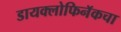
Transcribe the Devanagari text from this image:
डायक्लोफिनॅकचा